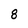
Character: 8